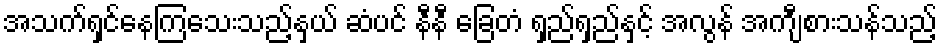
အသက်ရှင်နေကြသေးသည့်နှယ် ဆံပင် နီနီ ခြေတံ ရှည်ရှည်နှင့် အလွန် အကျီစားသန်သည့်